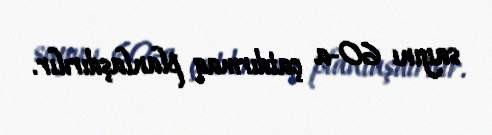
sayını 60-a çatdırmaq planlaşdırılır.